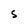
Character: S